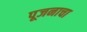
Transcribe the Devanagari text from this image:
पूजनाचा